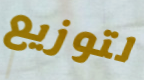
لتوزيع